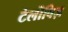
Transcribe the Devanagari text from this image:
टेलीविज़